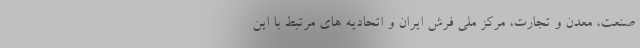
صنعت، معدن و تجارت، مرکز ملی فرش ایران و اتحادیه های مرتبط با این